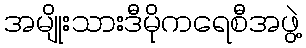
အမျိုးသားဒီမိုကရေစီအဖွဲ့